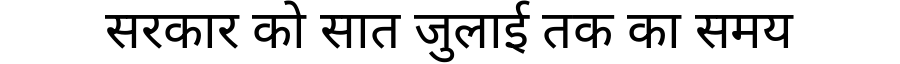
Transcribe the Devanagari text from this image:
सरकार को सात जुलाई तक का समय